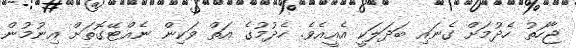
ޖާހަތު ހެދުމަށް ގެނައި ބަދަލަކީ އެއީއެވެ. ހެދުމުގެ އަތް ވަކިން ނެއްޓޭގޮތަށް އިނުމުން